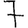
Digit: 7